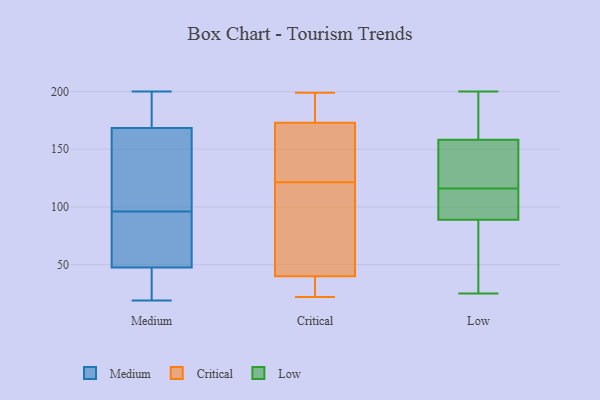
{"axis": {"x": "Conversion Rate (%)", "y": "Value"}, "legend": ["Critical", "Low", "Medium"], "data": [{"x": "", "y": 125, "type": "Medium"}, {"x": "", "y": 184, "type": "Medium"}, {"x": "", "y": 200, "type": "Medium"}, {"x": "", "y": 74, "type": "Medium"}, {"x": "", "y": 57, "type": "Medium"}, {"x": "", "y": 47, "type": "Medium"}, {"x": "", "y": 173, "type": "Medium"}, {"x": "", "y": 164, "type": "Medium"}, {"x": "", "y": 97, "type": "Medium"}, {"x": "", "y": 139, "type": "Medium"}, {"x": "", "y": 48, "type": "Medium"}, {"x": "", "y": 31, "type": "Medium"}, {"x": "", "y": 19, "type": "Medium"}, {"x": "", "y": 187, "type": "Medium"}, {"x": "", "y": 185, "type": "Medium"}, {"x": "", "y": 95, "type": "Medium"}, {"x": "", "y": 160, "type": "Medium"}, {"x": "", "y": 20, "type": "Medium"}, {"x": "", "y": 50, "type": "Medium"}, {"x": "", "y": 44, "type": "Medium"}, {"x": "", "y": 181, "type": "Critical"}, {"x": "", "y": 190, "type": "Critical"}, {"x": "", "y": 116, "type": "Critical"}, {"x": "", "y": 123, "type": "Critical"}, {"x": "", "y": 173, "type": "Critical"}, {"x": "", "y": 40, "type": "Critical"}, {"x": "", "y": 199, "type": "Critical"}, {"x": "", "y": 34, "type": "Critical"}, {"x": "", "y": 126, "type": "Critical"}, {"x": "", "y": 136, "type": "Critical"}, {"x": "", "y": 120, "type": "Critical"}, {"x": "", "y": 22, "type": "Critical"}, {"x": "", "y": 183, "type": "Critical"}, {"x": "", "y": 57, "type": "Critical"}, {"x": "", "y": 30, "type": "Critical"}, {"x": "", "y": 39, "type": "Critical"}, {"x": "", "y": 117, "type": "Critical"}, {"x": "", "y": 167, "type": "Critical"}, {"x": "", "y": 182, "type": "Low"}, {"x": "", "y": 89, "type": "Low"}, {"x": "", "y": 118, "type": "Low"}, {"x": "", "y": 116, "type": "Low"}, {"x": "", "y": 132, "type": "Low"}, {"x": "", "y": 103, "type": "Low"}, {"x": "", "y": 89, "type": "Low"}, {"x": "", "y": 167, "type": "Low"}, {"x": "", "y": 25, "type": "Low"}, {"x": "", "y": 31, "type": "Low"}, {"x": "", "y": 200, "type": "Low"}]}